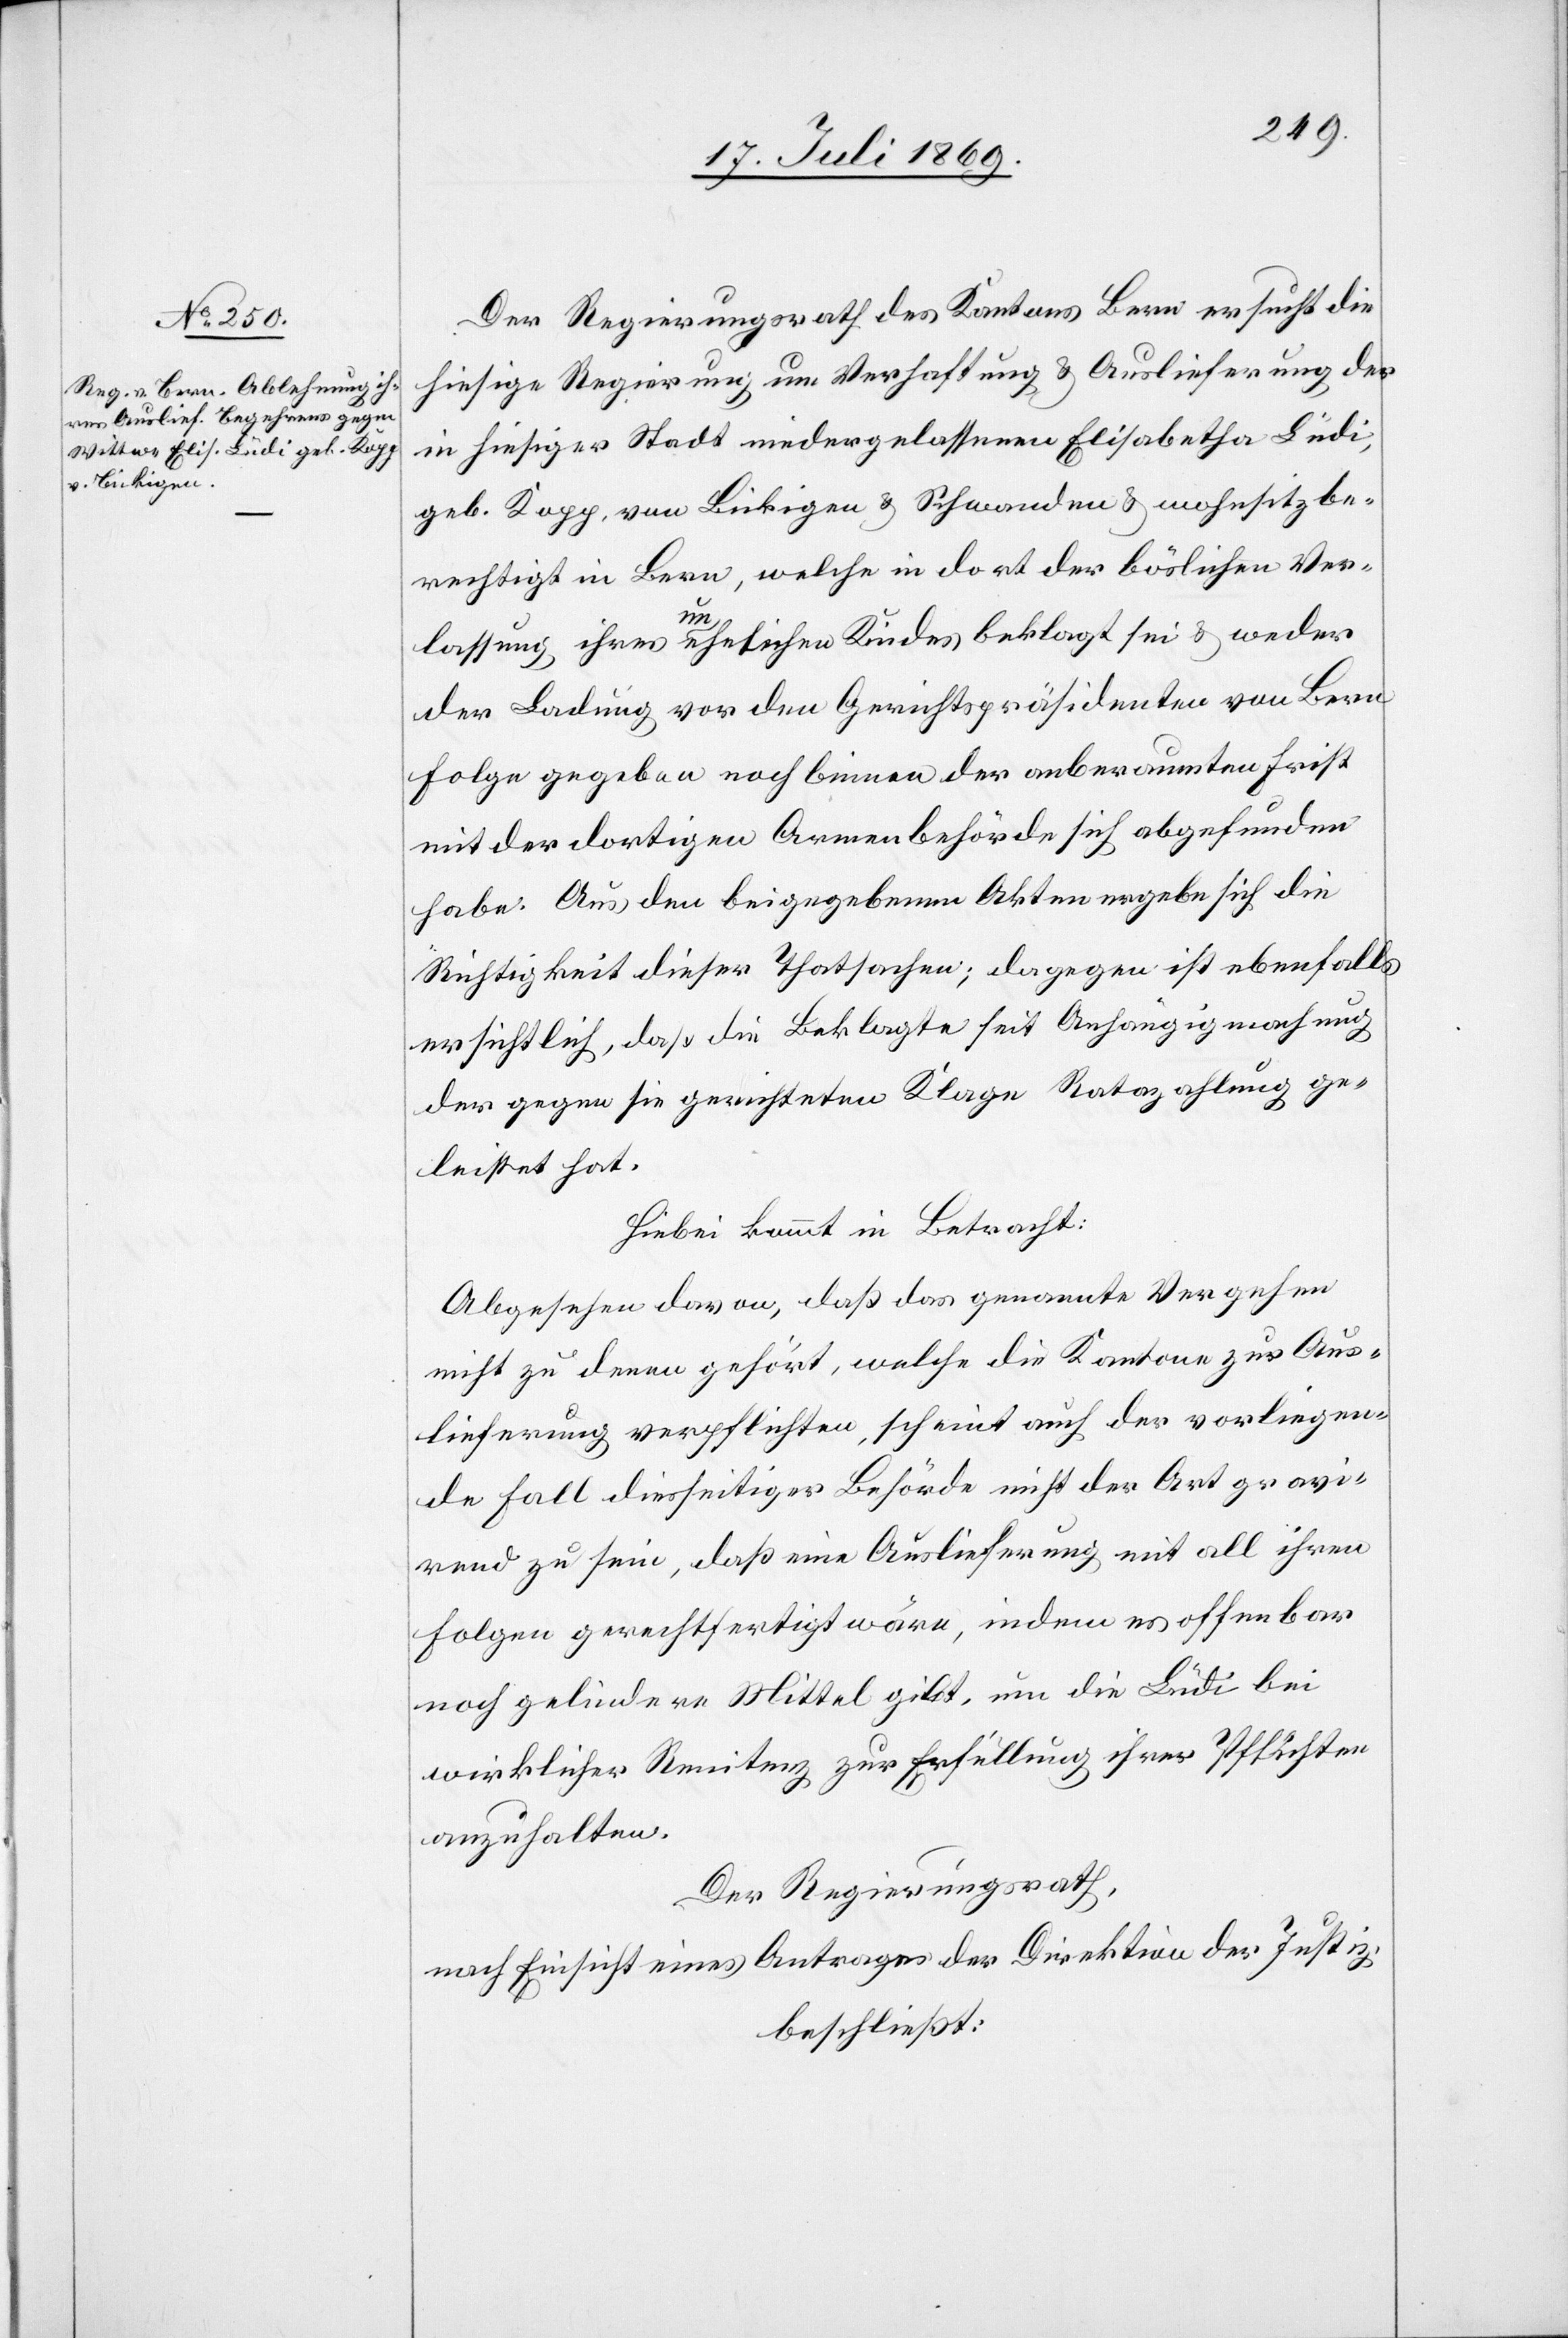
Der Regierungsrath des Kantons Bern ersucht die
hiesige Regierung um Verhaftung u. Auslieferung der
in hiesiger Stadt niedergelassenen Elisabetha Lüdi,
geb. Kopp, von Bickingen u. Schwanden u. wohnsitzbe¬
rechtigt in Bern, welche in dort der böslichen Ver¬
lassung ihres unehelichen Kindes beklagt sei u. weder
der Ladung vor dem Gerichtspräsidenten von Bern
Folge gegeben noch binnen der anberaumten Frist
mit der dortigen Armenbehörde sich abgefunden
habe. Aus den beigegebenen Akten ergebe sich die
Richtigkeit dieser Thatsachen; dagegen ist ebenfalls
ersichtlich, daß die Beklagte seit Anhängigmachung
der gegen sie gerichteten Klage Ratazahlung ge¬
leistet hat.
Hiebei kommt in Betracht:
Abgesehen davon, daß das genannte Vergehen
nicht zu denen gehört, welche die Kantone zur Aus¬
lieferung verpflichten, scheint auch der vorliegen¬
de Fall diesseitiger Behörde nicht der Art gravi¬
rend zu sein, daß eine Auslieferung mit all ihren
Folgen gerechtfertigt wäre, indem es offenbar
noch gelindere Mittel gibt, um die Lüdi bei
wirklicher Renitenz zur Erfüllung ihrer Pflichten
anzuhalten.
Der Regierungsrath,
nach Einsicht eines Antrages der Direktion der Justiz,
beschließt: